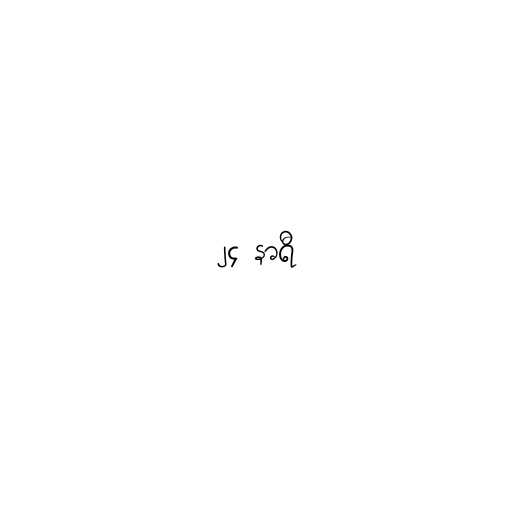
၂၄ နာရီ